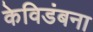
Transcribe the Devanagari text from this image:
केविडंबना